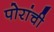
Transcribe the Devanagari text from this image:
पोरांची